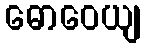
ဓောဝေယျ